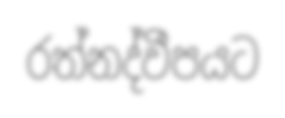
රත්නද්වීපයට